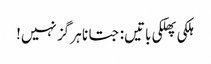
ہلکی پھلکی باتیں: جتانا ہر گز نہیں!